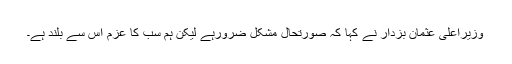
وزیراعلیٰ عثمان بزدار نے کہا کہ صورتحال مشکل ضرورہے لیکن ہم سب کا عزم اس سے بلند ہے۔